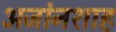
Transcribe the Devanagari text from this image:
अजांनशाह